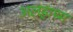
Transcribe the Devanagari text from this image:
अलहाश्म